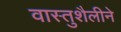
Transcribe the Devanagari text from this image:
वास्तुशैलीने